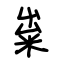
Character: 粜